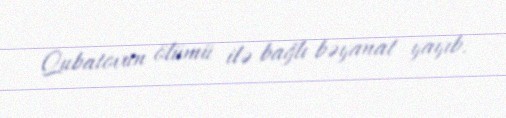
Qubatovun ölümü ilə bağlı bəyanat yayıb.